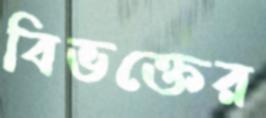
বিভক্তের